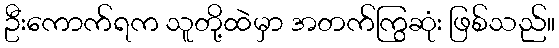
ဦးကောက်ရက သူတို့ထဲမှာ အတက်ကြွဆုံး ဖြစ်သည်။